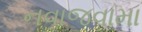
નવાજવામા